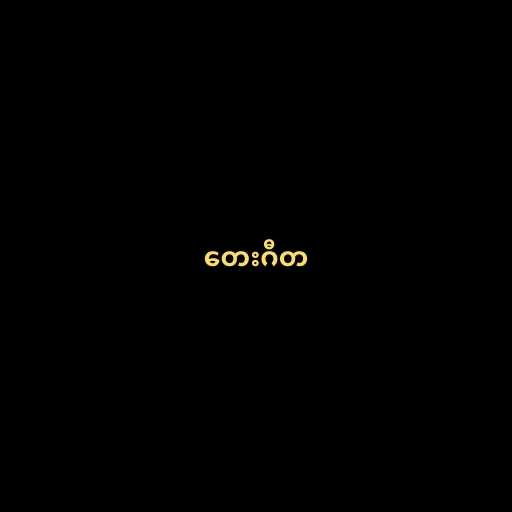
တေးဂီတ